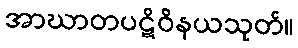
အာဃာတပဋိဝိနယသုတ်။